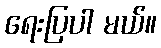
ရေးပြပါ မယ်။